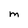
Character: m